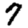
Digit: 7